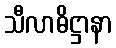
သီလာဓိဋ္ဌာနာ